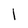
Character: l